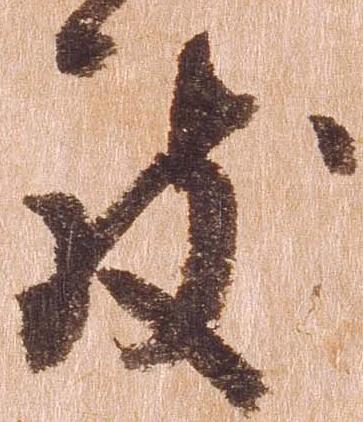
致